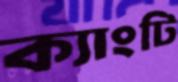
ক্যাংটি